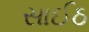
સાઈઠ